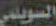
السويلمي